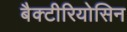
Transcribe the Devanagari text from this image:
बैक्टीरियोसिन